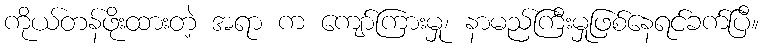
ကိုယ်တန်ဖိုးထားတဲ့ အရာ က ကျော်ကြားမှု၊ နာမည်ကြီးမှုဖြစ်နေရင်ခက်ပြီ။